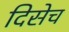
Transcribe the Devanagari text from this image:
दिसेच